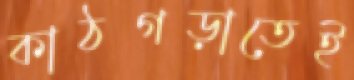
কাঠগড়াতেই